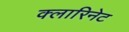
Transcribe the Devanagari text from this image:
क्लारिनेट